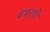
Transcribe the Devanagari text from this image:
केकायी